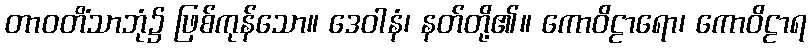
တာဝတိံသာဘုံ၌ ဖြစ်ကုန်သော။ ဒေဝါနံ၊ နတ်တို့၏။ ကောဝိဠာရော၊ ကောဝိဠာရ